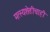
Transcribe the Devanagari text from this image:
मत्स्यशेतीचाही